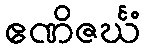
ဧဏိဇင်္ဃံ